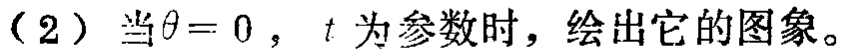
（2）当$\theta = 0$，$t$为参数时，绘出它的图象。